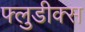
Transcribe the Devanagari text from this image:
फ्लुडीक्स